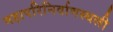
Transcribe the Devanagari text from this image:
महापरिनिर्वाणस्थली